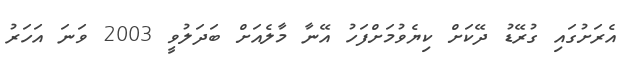
އެރަށުގައި ގުރޭޑު ދޭކަށް ކިޔެވުމަށްފަހު އޭނާ މާލެއަށް ބަދަލުވީ 2003 ވަނަ އަހަރު